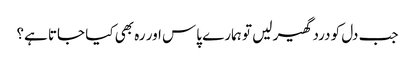
جب دل کو درد گھیر لیں تو ہمارے پاس اور رہ بھی کیا جاتا ہے؟